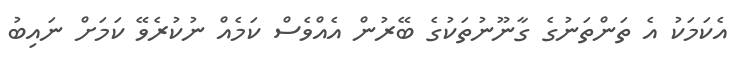
އެކަމަކު އެ ތަންތަނުގެ ގާނޫނުތަކުގެ ބޭރުން އެއްވެސް ކަމެއް ނުކުރެވޭ ކަމަށް ނައިބު